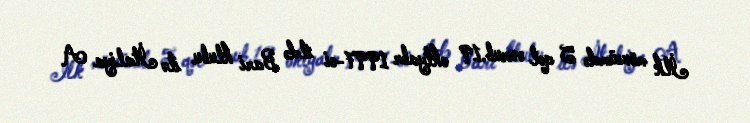
İlk mövsümdə 5 qol vurub.19 oktyabr 1997-ci ildə Bari klubu ilə İtaliya A